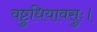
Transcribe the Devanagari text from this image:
वष्टुधियावसुः।